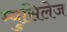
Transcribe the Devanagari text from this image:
म्युसिलेज